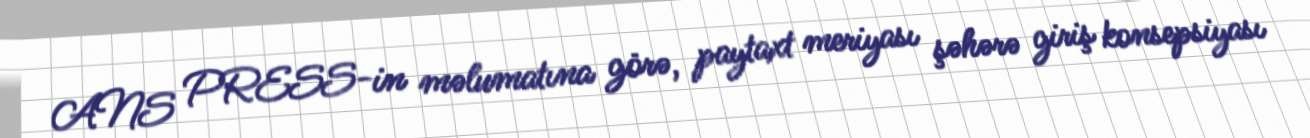
ANS PRESS-in məlumatına görə, paytaxt meriyası şəhərə giriş konsepsiyası